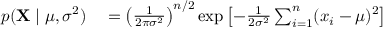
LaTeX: \begin{array} { r l } { p ( \mathbf { X } \mid \mu , \sigma ^ { 2 } ) } & { { } = \left( { \frac { 1 } { 2 \pi \sigma ^ { 2 } } } \right) ^ { n / 2 } \exp \left[ - { \frac { 1 } { 2 \sigma ^ { 2 } } } \sum _ { i = 1 } ^ { n } ( x _ { i } - \mu ) ^ { 2 } \right] } \end{array}